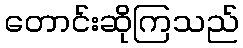
တောင်းဆိုကြသည်